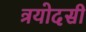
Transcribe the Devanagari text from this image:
त्रयोदसी